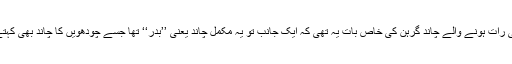
بدھ کی رات ہونے والے چاند گرہن کی خاص بات یہ تھی کہ ایک جانب تو یہ مکمل چاند یعنی ’’بدر‘‘ تھا جسے چودھویں کا چاند بھی کہتے ہیں۔